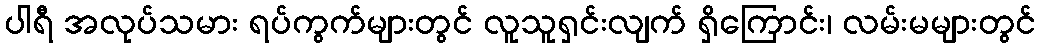
ပါရီ အလုပ်သမား ရပ်ကွက်များတွင် လူသူရှင်းလျက် ရှိကြောင်း၊ လမ်းမများတွင်